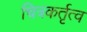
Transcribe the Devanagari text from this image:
चित्रकर्तृत्व